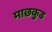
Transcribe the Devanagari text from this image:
माछकुड